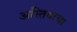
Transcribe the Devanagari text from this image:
अस्तिवाचा